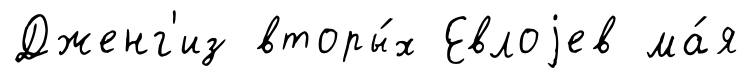
Дженг'из вторы́х Евлоjев ма́я